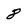
Character: 8